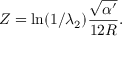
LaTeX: Z = \ln ( 1 / { \lambda _ { 2 } } ) { \frac { \sqrt { \alpha ^ { \prime } } } { 1 2 R } } .